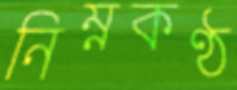
নিম্নকণ্ঠ